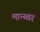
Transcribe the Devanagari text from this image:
मान्य्वर